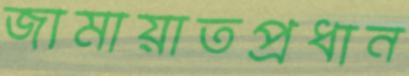
জামায়াতপ্রধান